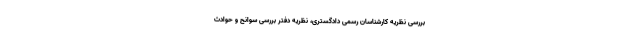
بررسی نظریه کارشناسان رسمی دادگستری، نظریه دفتر بررسی سوانح و حوادث